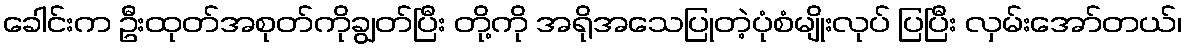
ခေါင်းက ဦးထုတ်အစုတ်ကိုချွတ်ပြီး တို့ကို အရိုအသေပြုတဲ့ပုံစံမျိုးလုပ် ပြပြီး လှမ်းအော်တယ်၊